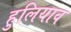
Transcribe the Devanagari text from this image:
हुलियाव